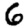
Digit: 6